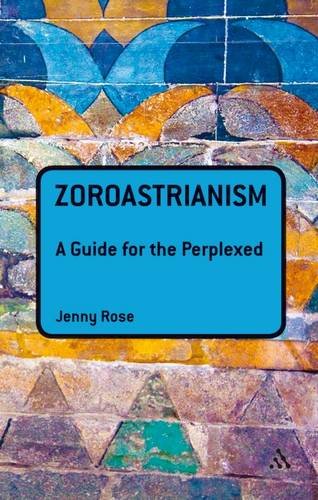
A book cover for Zoroastrianism: A Guide for the Perplexed (Guides for the Perplexed); Jenny Rose; Religion & Spirituality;